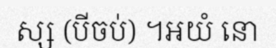
ស្ស (បីចប់) ។អយំ នោ